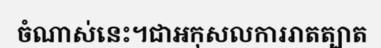
ចំណាស់នេះ។ជាអកុសលការរាតត្បាត